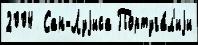
2004  Сан-Луjиса Португа́л'иjи